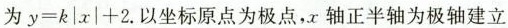
为$$y = k | x | + 2$$.以坐标原点为极点，x轴正半轴为极轴建立